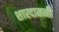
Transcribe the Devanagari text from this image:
शारदामनी